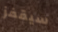
سيقفز